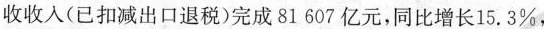
收收入(已扣减出口退税)完成81607亿元，同比增长15.3\%，